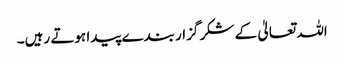
اللہ تعالیٰ کے شکر گزار بندے پیدا ہوتے رہیں۔